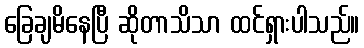
ခြေချမိနေပြီ ဆိုတာသိသာ ထင်ရှားပါသည်။